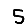
Digit: 5